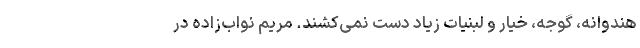
هندوانه، گوجه، خیار و لبنیات زیاد دست نمی‌کشند. مریم نواب‌زاده در